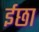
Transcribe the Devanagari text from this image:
ईछा